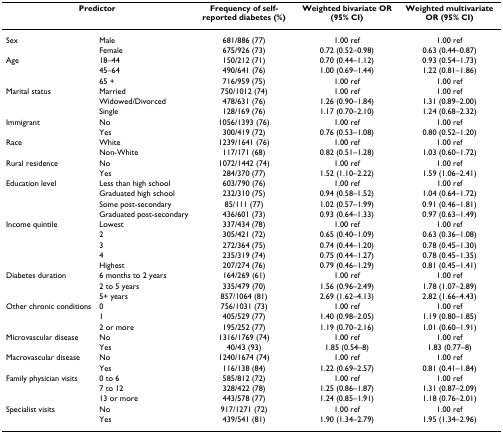
<table><thead><tr><td colspan="2"><b>Predictor</b></td><td><b>Frequency of self-reported diabetes (%)</b></td><td><b>Weighted bivariate OR (95% CI)</b></td><td><b>Weighted multivariate OR (95% CI)</b></td></tr></thead><tbody><tr><td>Sex</td><td>Male</td><td>681/886 (77)</td><td>1.00 ref</td><td>1.00 ref</td></tr><tr><td></td><td>Female</td><td>675/926 (73)</td><td>0.72 (0.52–0.98)</td><td>0.63 (0.44–0.87)</td></tr><tr><td>Age</td><td>18–44</td><td>150/212 (71)</td><td>0.70 (0.44–1.12)</td><td>0.93 (0.54–1.73)</td></tr><tr><td></td><td>45–64</td><td>490/641 (76)</td><td>1.00 (0.69–1.44)</td><td>1.22 (0.81–1.86)</td></tr><tr><td></td><td>65 +</td><td>716/959 (75)</td><td>1.00 ref</td><td>1.00 ref</td></tr><tr><td>Marital status</td><td>Married</td><td>750/1012 (74)</td><td>1.00 ref</td><td>1.00 ref</td></tr><tr><td></td><td>Widowed/Divorced</td><td>478/631 (76)</td><td>1.26 (0.90–1.84)</td><td>1.31 (0.89–2.00)</td></tr><tr><td></td><td>Single</td><td>128/169 (76)</td><td>1.17 (0.70–2.10)</td><td>1.24 (0.68–2.32)</td></tr><tr><td>Immigrant</td><td>No</td><td>1056/1393 (76)</td><td>1.00 ref</td><td>1.00 ref</td></tr><tr><td></td><td>Yes</td><td>300/419 (72)</td><td>0.76 (0.53–1.08)</td><td>0.80 (0.52–1.20)</td></tr><tr><td>Race</td><td>White</td><td>1239/1641 (76)</td><td>1.00 ref</td><td>1.00 ref</td></tr><tr><td></td><td>Non-White</td><td>117/171 (68)</td><td>0.82 (0.51–1.28)</td><td>1.03 (0.60–1.72)</td></tr><tr><td>Rural residence</td><td>No</td><td>1072/1442 (74)</td><td>1.00 ref</td><td>1.00 ref</td></tr><tr><td></td><td>Yes</td><td>284/370 (77)</td><td>1.52 (1.10–2.22)</td><td>1.59 (1.06–2.41)</td></tr><tr><td>Education level</td><td>Less than high school</td><td>603/790 (76)</td><td>1.00 ref</td><td>1.00 ref</td></tr><tr><td></td><td>Graduated high school</td><td>232/310 (75)</td><td>0.94 (0.58–1.52)</td><td>1.04 (0.64–1.72)</td></tr><tr><td></td><td>Some post-secondary</td><td>85/111 (77)</td><td>1.02 (0.57–1.99)</td><td>0.91 (0.46–1.81)</td></tr><tr><td></td><td>Graduated post-secondary</td><td>436/601 (73)</td><td>0.93 (0.64–1.33)</td><td>0.97 (0.63–1.49)</td></tr><tr><td>Income quintile</td><td>Lowest</td><td>337/434 (78)</td><td>1.00 ref</td><td>1.00 ref</td></tr><tr><td></td><td>2</td><td>305/421 (72)</td><td>0.65 (0.40–1.09)</td><td>0.63 (0.36–1.08)</td></tr><tr><td></td><td>3</td><td>272/364 (75)</td><td>0.74 (0.44–1.20)</td><td>0.78 (0.45–1.30)</td></tr><tr><td></td><td>4</td><td>235/319 (74)</td><td>0.75 (0.44–1.27)</td><td>0.78 (0.45–1.35)</td></tr><tr><td></td><td>Highest</td><td>207/274 (76)</td><td>0.79 (0.46–1.29)</td><td>0.81 (0.45–1.41)</td></tr><tr><td>Diabetes duration</td><td>6 months to 2 years</td><td>164/269 (61)</td><td>1.00 ref</td><td>1.00 ref</td></tr><tr><td></td><td>2 to 5 years</td><td>335/479 (70)</td><td>1.56 (0.96–2.49)</td><td>1.78 (1.07–2.89)</td></tr><tr><td></td><td>5+ years</td><td>857/1064 (81)</td><td>2.69 (1.62–4.13)</td><td>2.82 (1.66–4.43)</td></tr><tr><td>Other chronic conditions</td><td>0</td><td>756/1031 (73)</td><td>1.00 ref</td><td>1.00 ref</td></tr><tr><td></td><td>1</td><td>405/529 (77)</td><td>1.40 (0.98–2.05)</td><td>1.19 (0.80–1.85)</td></tr><tr><td></td><td>2 or more</td><td>195/252 (77)</td><td>1.19 (0.70–2.16)</td><td>1.01 (0.60–1.91)</td></tr><tr><td>Microvascular disease</td><td>No</td><td>1316/1769 (74)</td><td>1.00 ref</td><td>1.00 ref</td></tr><tr><td></td><td>Yes</td><td>40/43 (93)</td><td>1.85 (0.54–8)</td><td>1.83 (0.77–8)</td></tr><tr><td>Macrovascular disease</td><td>No</td><td>1240/1674 (74)</td><td>1.00 ref</td><td>1.00 ref</td></tr><tr><td></td><td>Yes</td><td>116/138 (84)</td><td>1.22 (0.69–2.57)</td><td>0.81 (0.41–1.84)</td></tr><tr><td>Family physician visits</td><td>0 to 6</td><td>585/812 (72)</td><td>1.00 ref</td><td>1.00 ref</td></tr><tr><td></td><td>7 to 12</td><td>328/422 (78)</td><td>1.25 (0.86–1.87)</td><td>1.31 (0.87–2.09)</td></tr><tr><td></td><td>13 or more</td><td>443/578 (77)</td><td>1.24 (0.85–1.91)</td><td>1.18 (0.76–2.01)</td></tr><tr><td>Specialist visits</td><td>No</td><td>917/1271 (72)</td><td>1.00 ref</td><td>1.00 ref</td></tr><tr><td></td><td>Yes</td><td>439/541 (81)</td><td>1.90 (1.34–2.79)</td><td>1.95 (1.34–2.96)</td></tr></tbody></table>